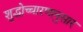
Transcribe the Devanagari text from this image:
शुद्धोच्चारणानुसार